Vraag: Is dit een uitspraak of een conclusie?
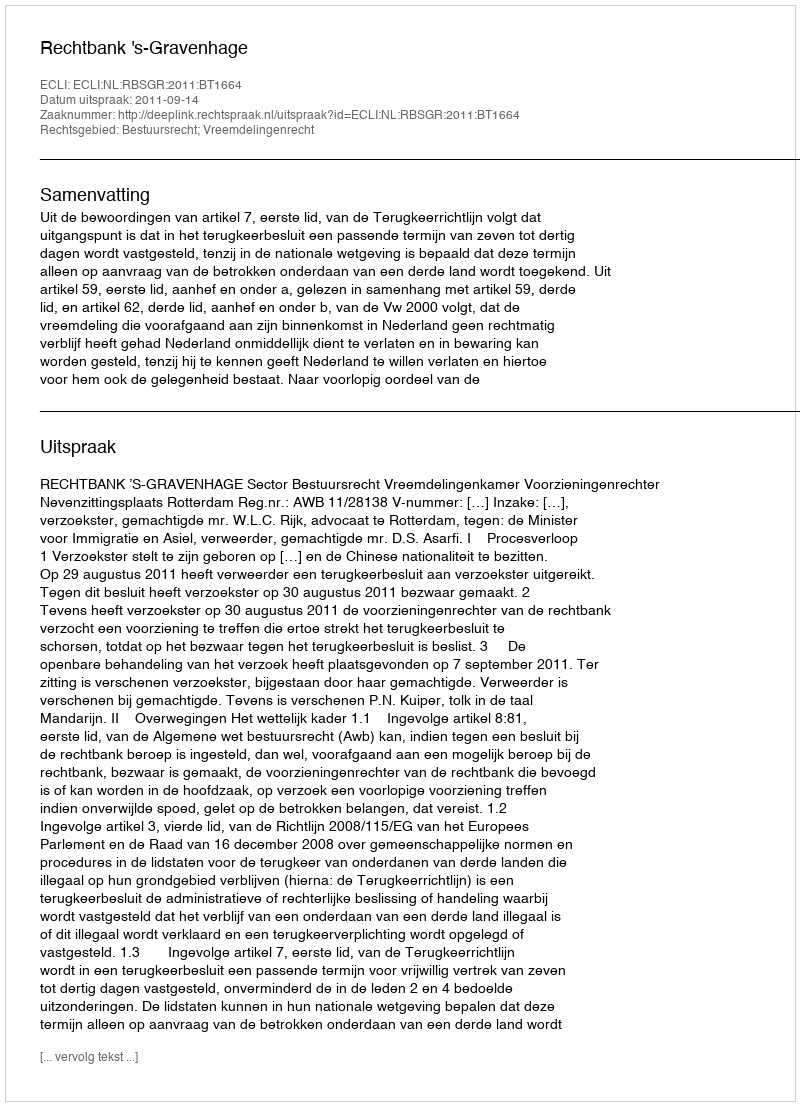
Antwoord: Uitspraak